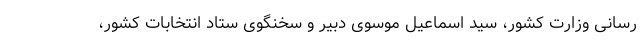
رسانی وزارت کشور، سید اسماعیل موسوی دبیر و سخنگوی ستاد انتخابات کشور،